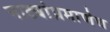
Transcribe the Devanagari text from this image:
नाट्यांप्रमाणेच